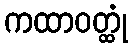
ကထာဝတ္ထုံ